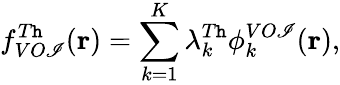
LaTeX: f_{VO\mathscr{I}}^{T\mathtt{h}}(\mathbf{{r}})=\sum_{k=1}^{K}\lambda_{k}^{T\mathtt{h}}\phi_{k}^{VO\mathscr{I}}(\mathbf{{r}}),